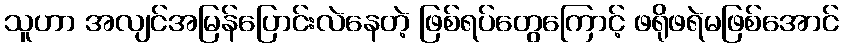
သူဟာ အလျင်အမြန်ပြောင်းလဲနေတဲ့ ဖြစ်ရပ်တွေကြောင့် ဖရိုဖရဲမဖြစ်အောင်